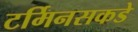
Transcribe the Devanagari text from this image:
टर्मिनसकडे